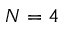
N = 4